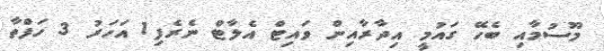
މޫސުމާއި ބެހޭ ގައުމީ އިދާރާއިން ވައިޓް އެލާޓް ނެރެފި1 އަހަރު 3 ހަފްތާ